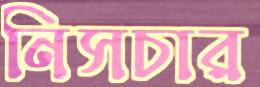
নিসচার